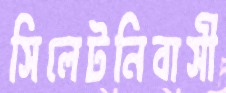
সিলেটনিবাসী